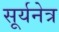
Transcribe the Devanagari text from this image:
सूर्यनेत्र